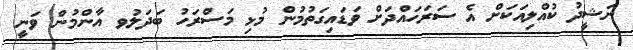
ނަޝީދު ކުއްލިއަކަށް އެ ސަރަހައްދަށް ވަޑައިގަތުމުން މުޅި މަސްރަހު ބަދަލުވ އާންމުން ވަނީ